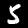
Digit: 5